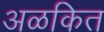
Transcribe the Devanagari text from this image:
अळकित